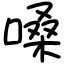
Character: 嗓